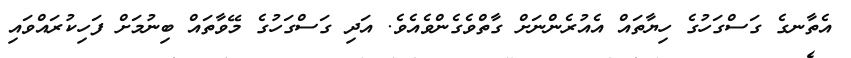
އެތާނގެ ގަސްގަހުގެ ހިޔާތައް އެއުރެންނަށް ގާތްވެގެންވެއެވެ. އަދި ގަސްގަހުގެ މޭވާތައް ބިނުމަށް ފަހިކުރައްވައި